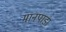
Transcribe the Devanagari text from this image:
मानपाड़ा